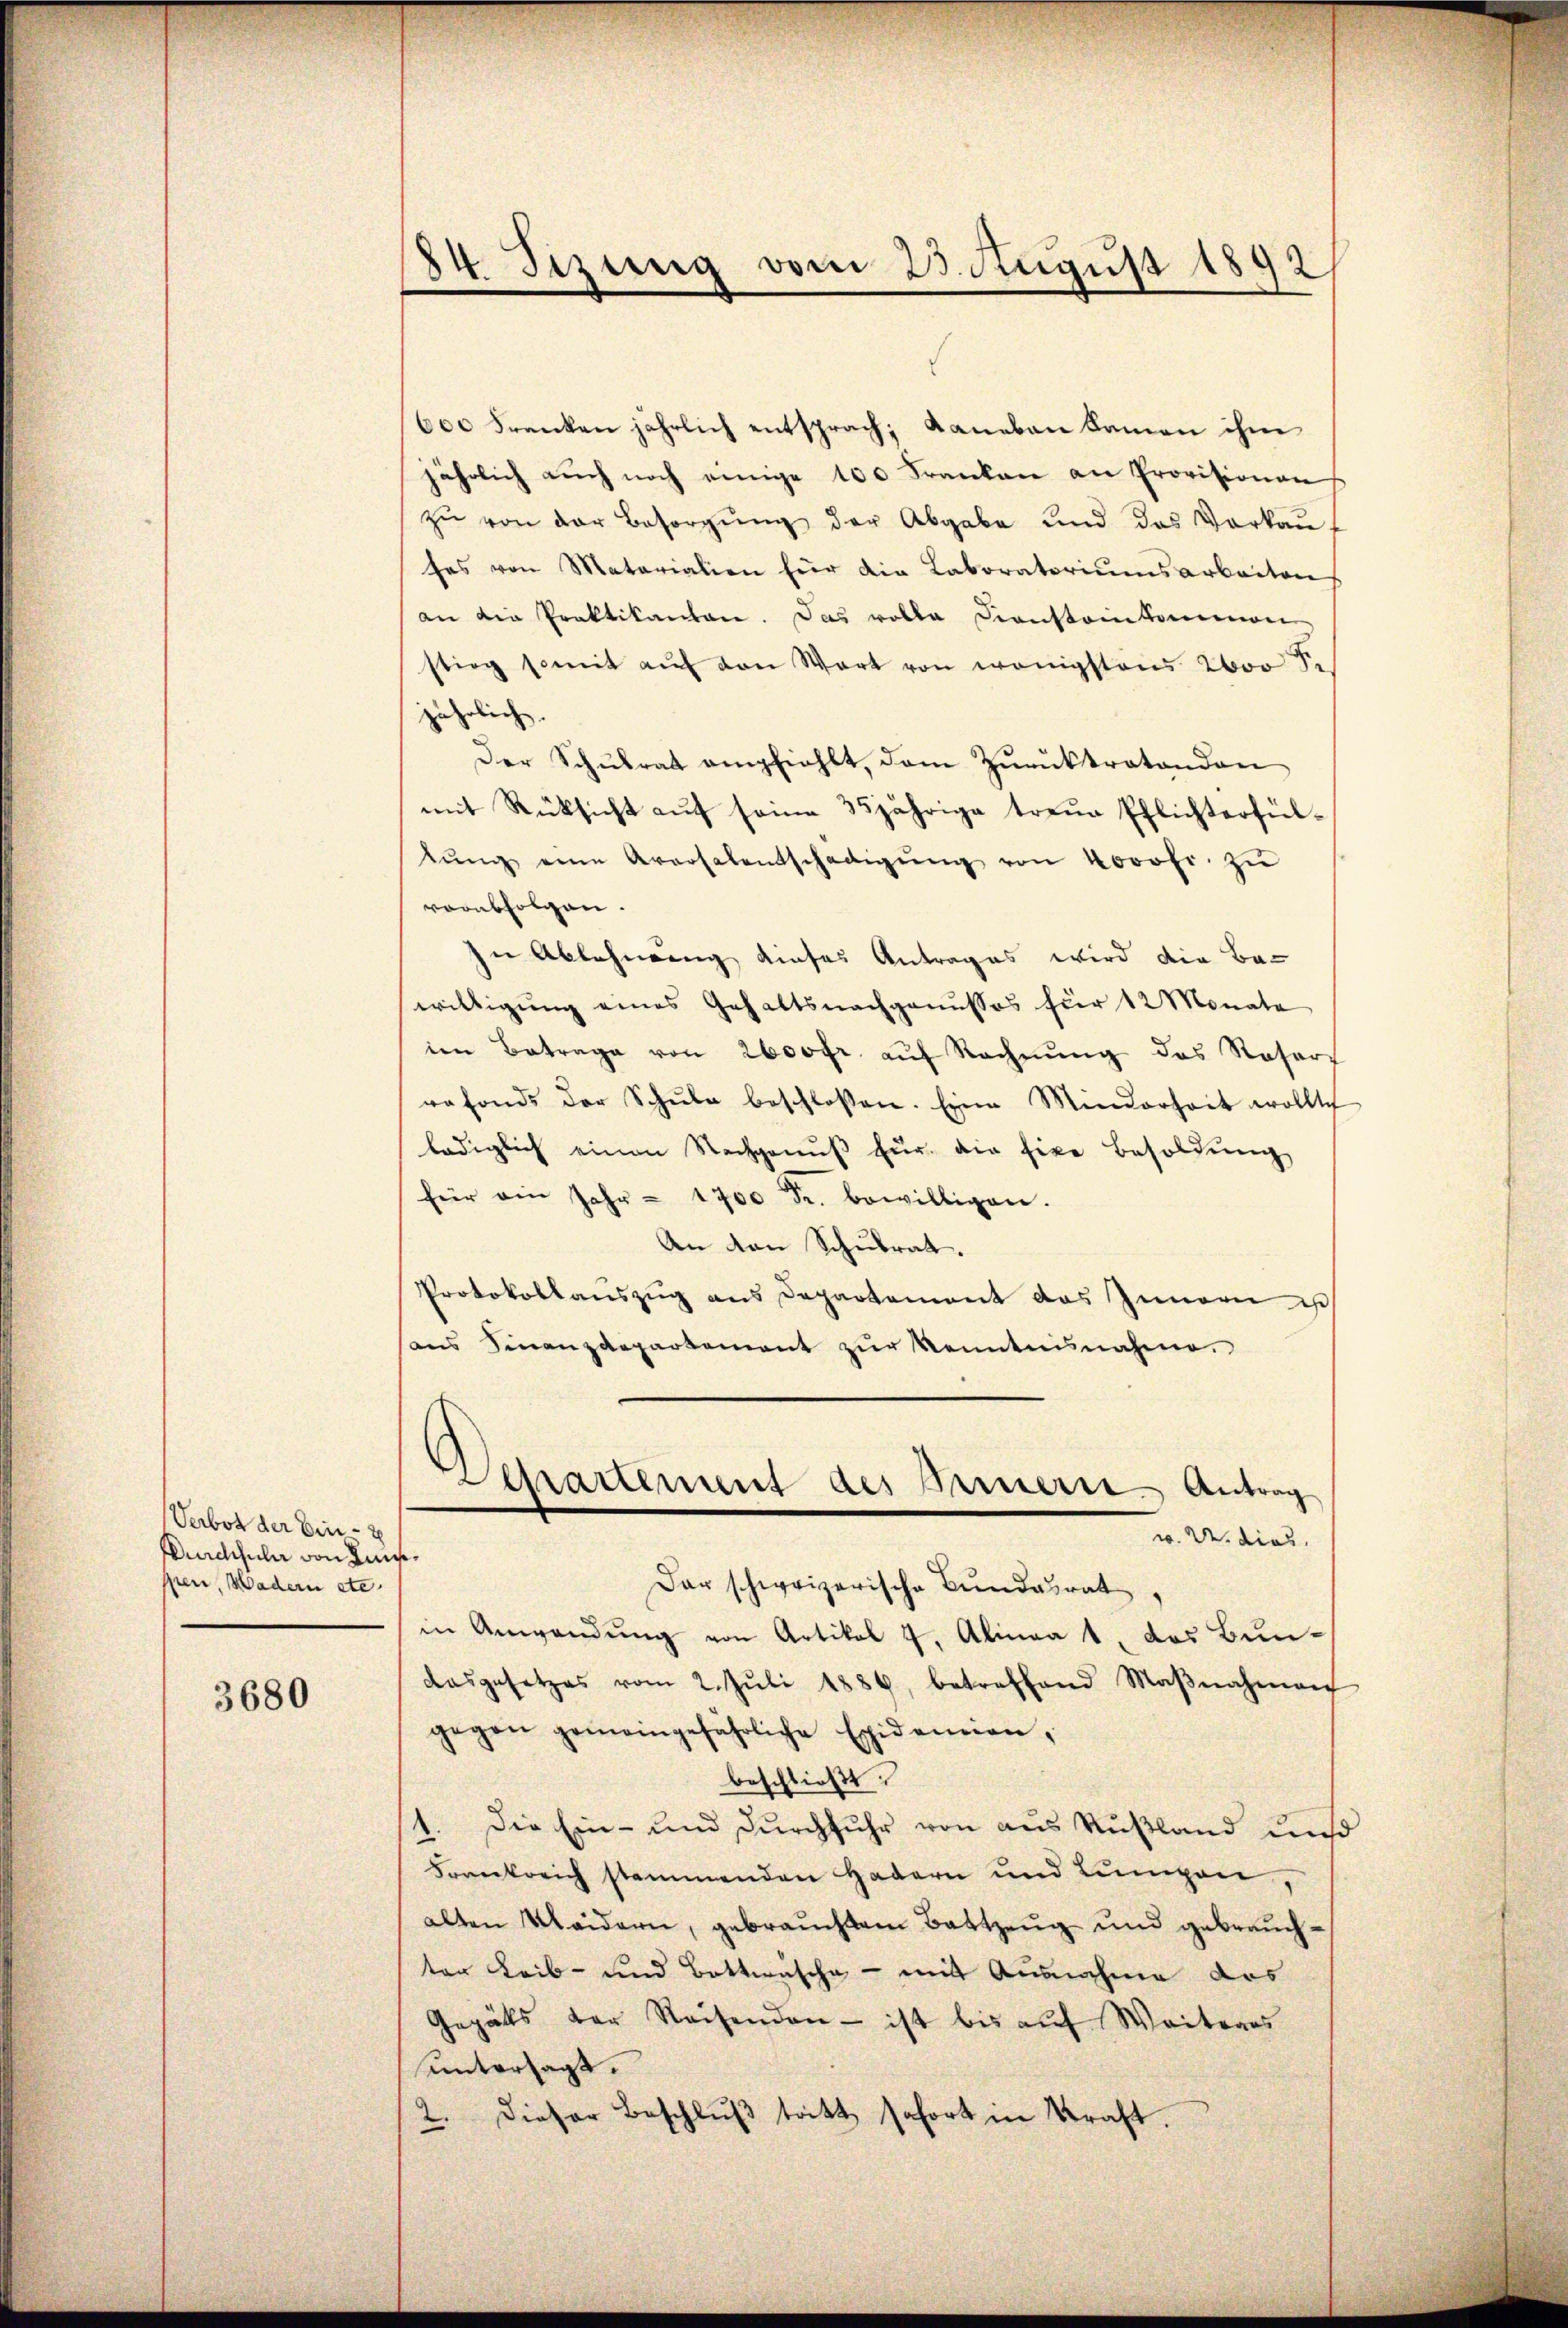
Verbot der Ein-
Durchsuler von Luisepeen, Wadern etc.

3680

84. Sizung vom 23. August 1892

600 Frenken jährlich entsprach, daneben kamen ihm
jährlich aŭch noch einige 100 Franken an Provisionen
zu von der Besorgung der Abgabe und das Vorkauses von Materialien für die Laboratoriumsarbeiten
an die Praktikanton. Das volla Diensteinkommen
stieg somit aŭf von Wort von wenigstens Vor J.
jährlich.
Der Schŭlrat empfiehlt, dem Zŭrücktratondon
mit Rücksicht auf seine 35jährige treue Pflichterfültŭng eine Aversalentschädigŭng von 4000fr. zŭ
vorabfolgen.
zu Ablehnung dieses Antrages wird die Bawilligung eines Gehaltsnachgenussos für 12 Monate
im Betrage von 2000fr. aŭf Rechnŭng des Resert
rafonds der Schŭle beschlossen. Eine Minderheit wollte
lediglich einen Nachgenŭβ für die fixe Besoldŭng
für am Jahr - 1700 Fr. bewilligen.
An den Schulrat.
Protokollaŭszŭg ans Departement das Innern ist
ans Finanzdepartement zŭr Kenntnisnahme.
Derartement des Bernern Antrag
w. U. dies
Dar schweizerische Bundesrat.
in Anwendung von Artikal 4, Alineat, das Bundasgesetzes vom 2. Jŭli 1886, betreffend Maβnahmen
gegen gemeingefährliche Epidemien,
beschließt:
1. Die Ein- und Durchfuhr von aus Rußland uns
Frankreich stammenden Hadern und Lumpen
alten Weidern, gebrauchtem Battzeug und gebrauchter Leib- und Bettwäsche - mit Ausnahme das
Gegäts der Reisenden - ist bis auf Weiteres
untersagt.
2. Dieser Beschlŭβ tritt sofort in Kraft.